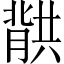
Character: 𮌱